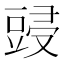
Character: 䜷